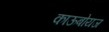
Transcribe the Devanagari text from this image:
काऊबोयज